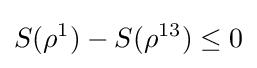
S(\rho ^{1})-S(\rho ^{13})\leq 0